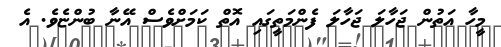
މީހާ އަތުން ޖަހާލަ ޖަހާލަ ފެންމަތީގައި އޮތް ކަމަށްވެސް އޭނާ ބުންޏެވެ. އެ